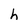
Character: h